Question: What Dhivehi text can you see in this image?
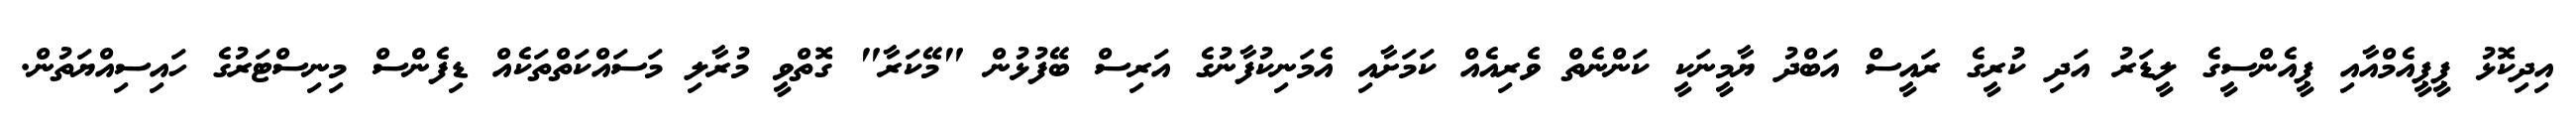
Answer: އިދިކޮޅު ޕީޕީއެމްއާއި ޕީއެންސީގެ ލީޑަރު އަދި ކުރީގެ ރައީސް އަބްދު ޔާމީނަކީ ކަންނެތް ވެރިއެއް ކަމަށާއި އެމަނިކުފާނުގެ އަރިސް ބޭފުޅުން "މޭކަރާ" ގޮތްވީ މުރާލި މަސައްކަތްތަކެއް ޑިފެންސް މިނިސްޓަރުގެ ހައިސިއްޔަތުން.